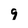
Character: 9